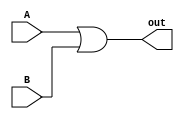
module Or_program(A,B,out);
input A,B;
output out;
or a1(out,A,B);
endmodule
module Or_program_tb;
reg A,B;
wire C;
Or_program o1(A,B,out);
initial
begin
    A=0;B=0;
    $monitor("Time=%0t, A=%b, B=%b, Output=%b",$time, A,B,out);
    #10 A=0; B=1;
    #10 A=1; B=0;
    #10 A=1; B=1;
end
endmodule